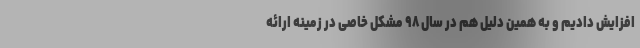
افزایش دادیم و به همین دلیل هم در سال ۹۸ مشکل خاصی در زمینه ارائه